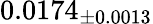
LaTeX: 0.0174_{\pm 0.0013}